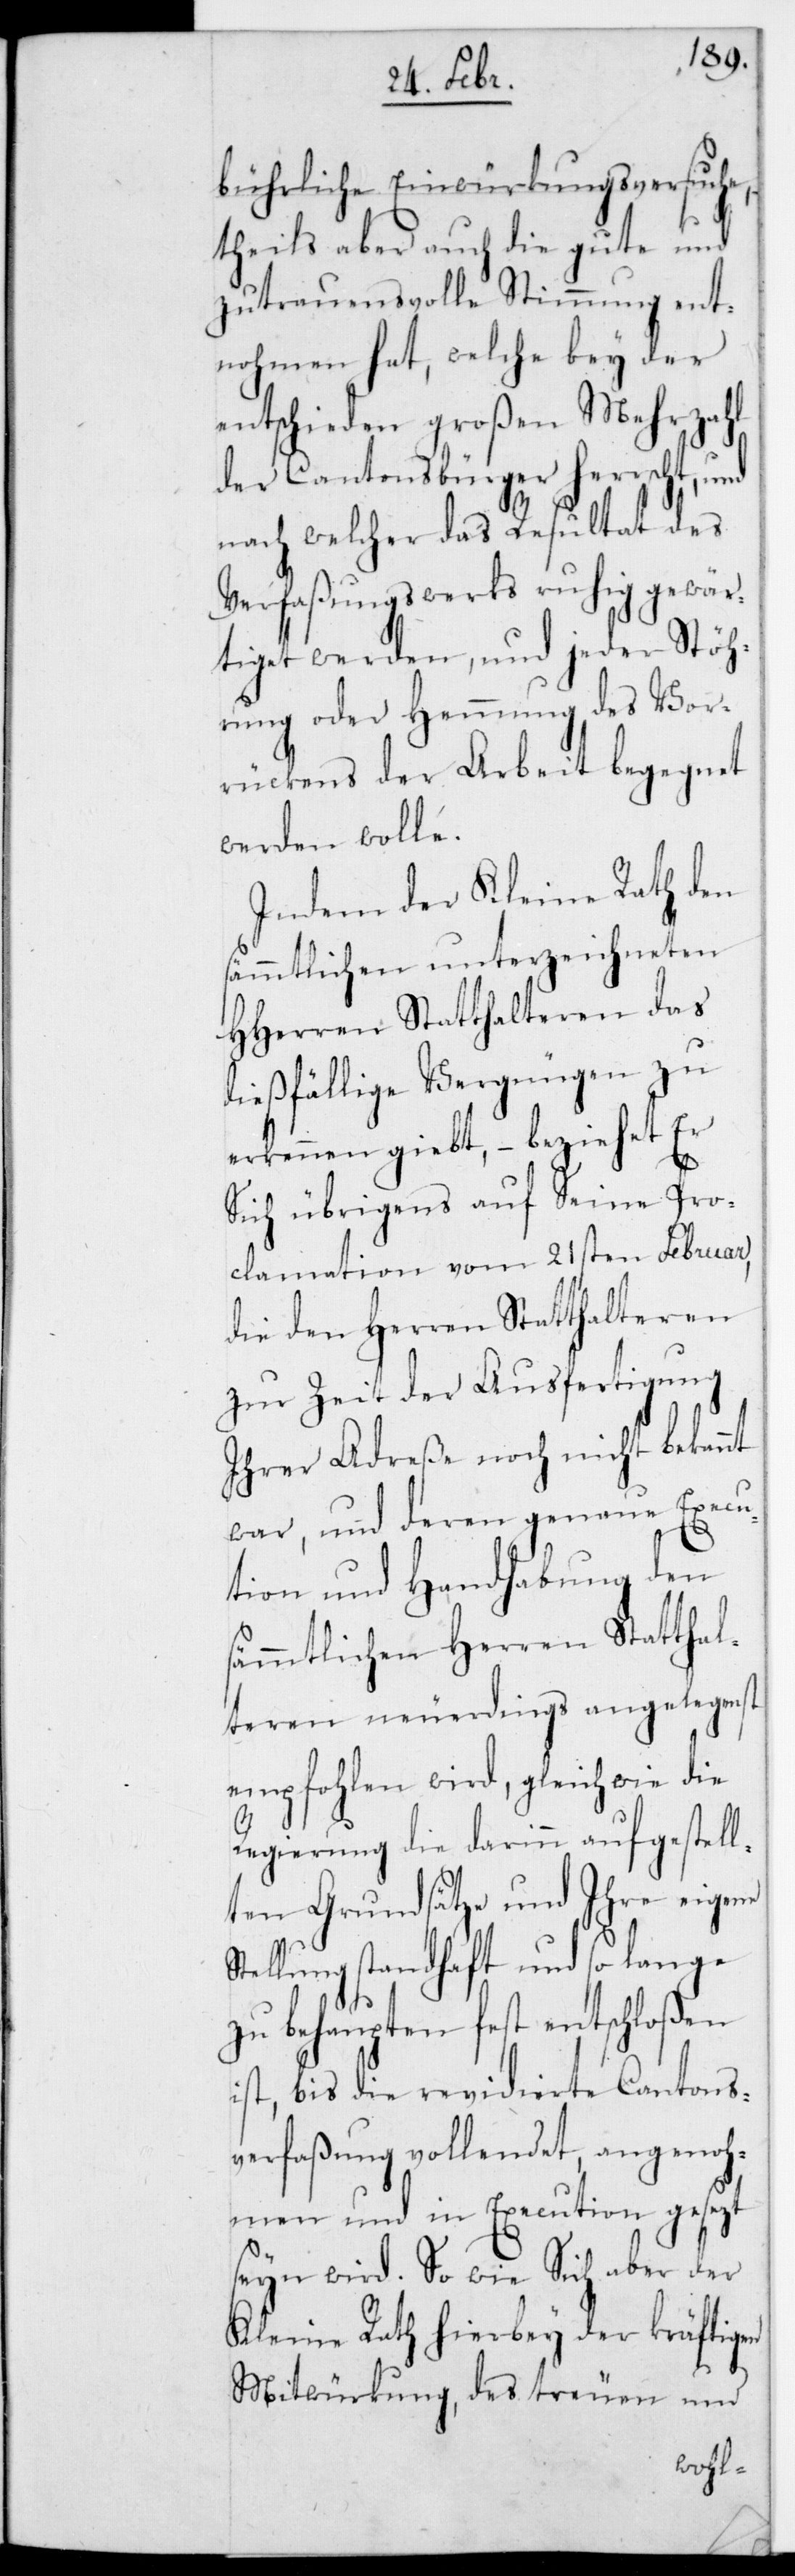
bührliche Einwürkungsversuche,
theils aber auch die gute und
zutrauensvolle Stimmung ent¬
nommen hat, welche bey der
entschieden großen Mehrzahl
der Cantonsbürger herrscht, und
nach welcher das Resultat des
Verfaßungswerks ruhig gewär¬
tiget werden, und jeder Stö¬
rung oder Hemmung des Vor¬
rückens der Arbeit begegnet
werden wolle.
Indem der Kleine Rath den
sämmtlichen unterzeichneten
HHerren Statthalteren das
dießfällige Vergnügen zu
erkennen gibt, – beziehet Er
Sich übrigens auf Seine Pro¬
clamation vom 21sten Februar,
die den Herren Statthalteren
zur Zeit der Ausfertigung
ihrer Adreße noch nicht bekannt
war, und deren genaue Execu¬
tion und Handhabung den
sämmtlichen Herren Statthal¬
teren neuerdings angelegenst
empfohlen wird, gleich wie die
Regierung die darin aufgestell¬
ten Grundsätze und Ihre eigene
Stellung standhaft und so lange
zu behaupten fest entschloßen
ist, bis die revidierte Cantons¬
verfaßung vollendet, angenoh¬
men und in Execution gesezt
sein wird. So wie Sich aber der
Kleine Rath hierbey der kräftigen
Mitwürkung, des treuen und